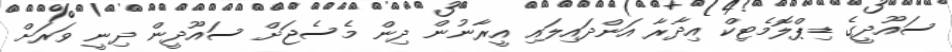
ސައޫދީގެ ޑިޕްލޮމެޓިކް އިދާރާ އަންދައިލައި އީރާނުން ދިން މެސެޖަށް ސައޫދީން ދިނީ ވަރަށް